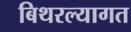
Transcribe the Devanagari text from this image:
बिथरल्यागत